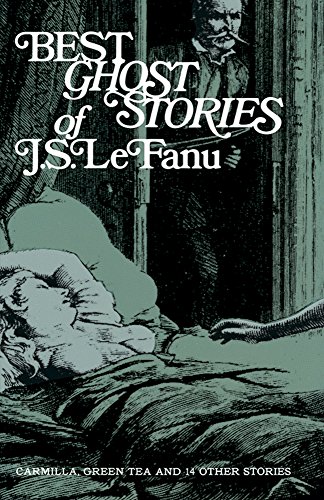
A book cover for Best Ghost Stories of J. S. LeFanu; J. Sheridan Le Fanu; Literature & Fiction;